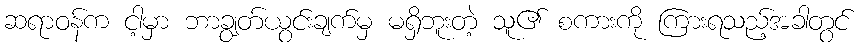
ဆရာဝန်က ငါ့မှာ ဘာချွတ်ယွင်းချက်မှ မရှိဘူးတဲ့ သူ၏ စကားကို ကြားရသည့်အခါတွင်